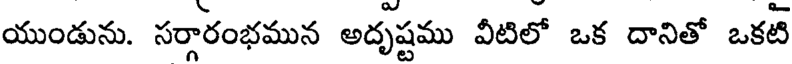
యుండును. సర్గారంభమున అదృష్టము వీటిలో ఒక దానితో ఒకటి